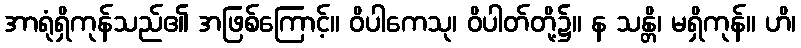
အာရုံရှိကုန်သည်၏ အဖြစ်ကြောင့်။ ဝိပါကေသု၊ ဝိပါတ်တို့၌။ န သန္တိ၊ မရှိကုန်။ ဟိ၊